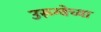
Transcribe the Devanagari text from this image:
उरूग्वेच्या